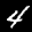
Label: 4